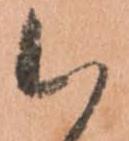
候